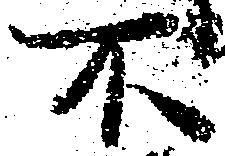
不